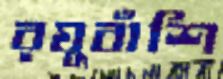
রঘুবাঁশি